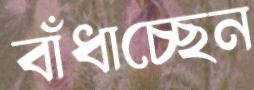
বাঁধাচ্ছেন